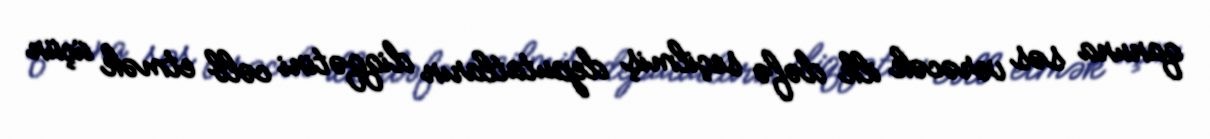
qanuna səs verəcək ilk dəfə seçilmiş deputatların diqqətini cəlb etmək üçün